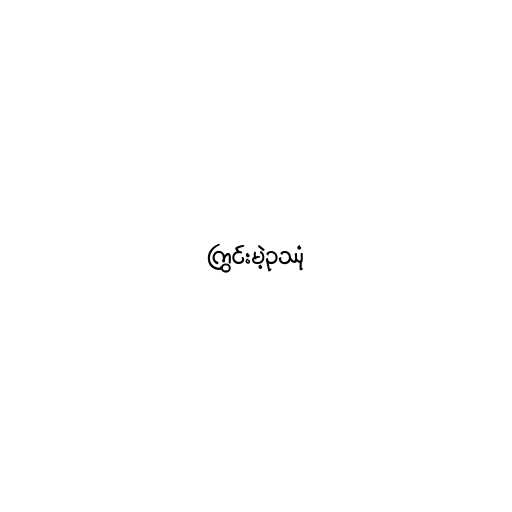
ကြွင်းမဲ့ဥဿုံ